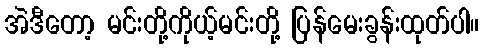
အဲဒီတော့ မင်းတို့ကိုယ့်မင်းတို့ ပြန်မေးခွန်းထုတ်ပါ။